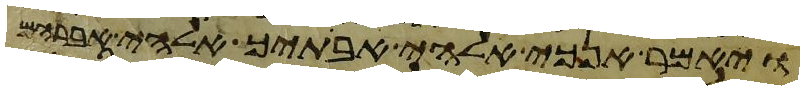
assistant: ויאמר אנכי אלהי אבתיך אלהי אברהם